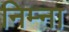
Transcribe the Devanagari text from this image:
निम्ना